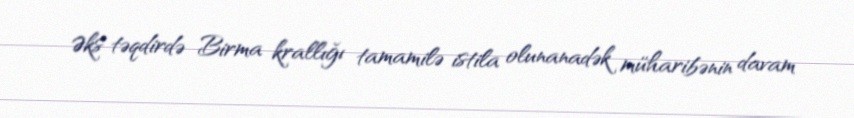
Əks təqdirdə Birma krallığı tamamilə istila olunanadək müharibənin davam